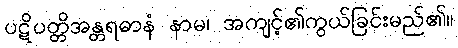
ပဋိပတ္တိအန္တရဓာနံ နာမ၊ အကျင့်၏ကွယ်ခြင်းမည်၏။